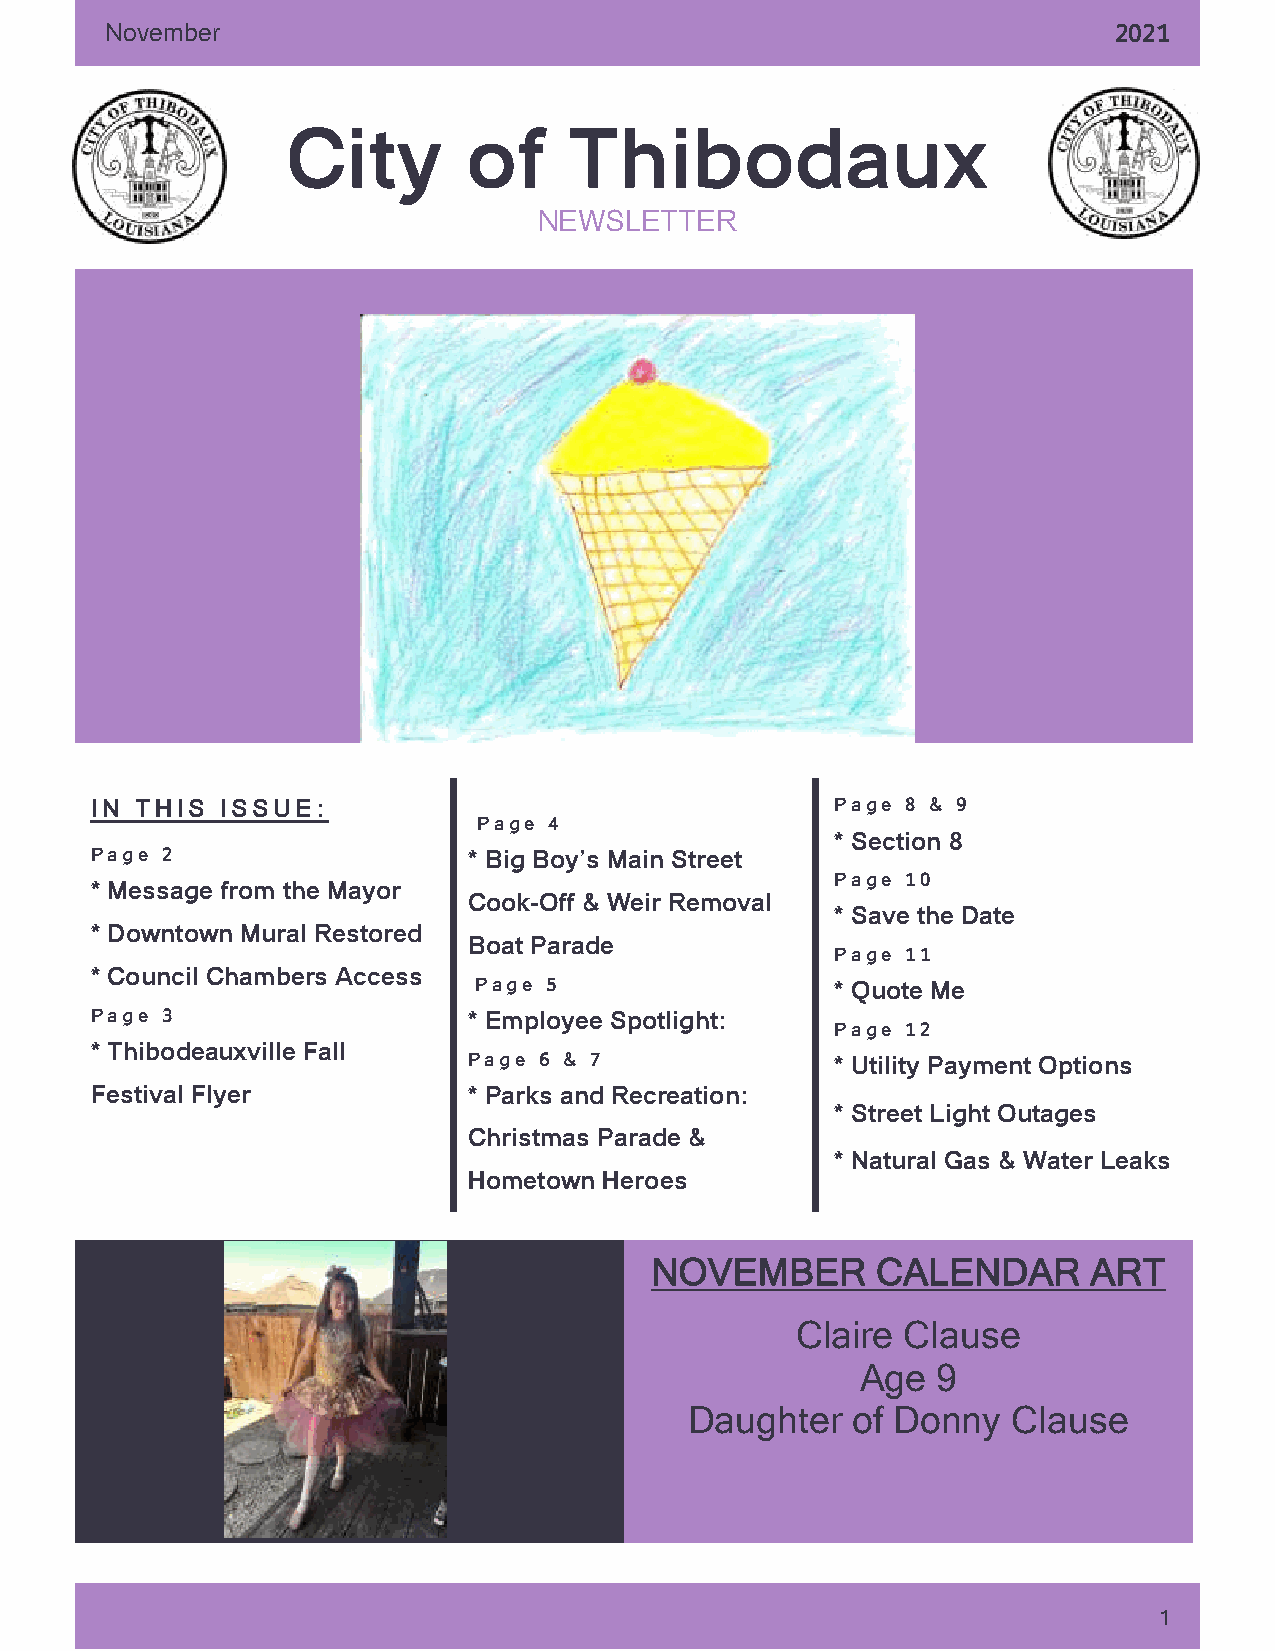
November                                                           2021
 City        of     Thibodaux
 NEWSLETTER
 IN THIS  ISSUE:                                  Page 8 & 9
 Page 4
 * Section 8
 Page 2                   * Big Boy’s Main Street
 Page 10
 * Message from the Mayor
 Cook-Off & Weir Removal
 * Save the Date
 * Downtown Mural Restored
 Boat Parade
 Page 11
 * Council Chambers Access
 Page 5                  * Quote Me
 Page 3                   * Employee Spotlight:
 Page 12
 * Thibodeauxville Fall
 Page 6 & 7              * Utility Payment Options
 Festival Flyer           * Parks and Recreation:
 * Street Light Outages
 Christmas Parade &
 * Natural Gas & Water Leaks
 Hometown Heroes
 NOVEMBER       CALENDAR      ART
 [Gr ab your
 rea der’s               Claire Clause
 attention
 Age  9
 with a
 gre at           Daughter  of Donny   Clause
 quote from
 the
 document
 or use this
 space to
 emphasiz
 1
 e a key
 point. To